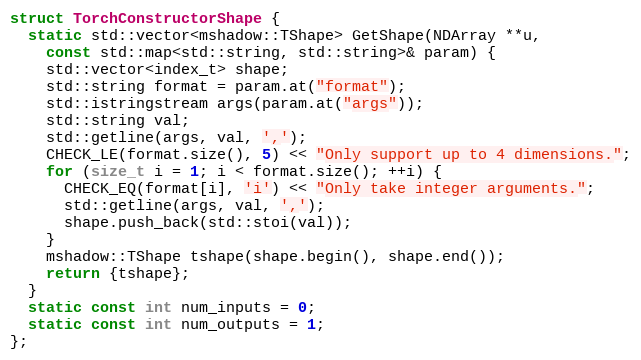
Language: C
struct TorchConstructorShape {
  static std::vector<mshadow::TShape> GetShape(NDArray **u,
    const std::map<std::string, std::string>& param) {
    std::vector<index_t> shape;
    std::string format = param.at("format");
    std::istringstream args(param.at("args"));
    std::string val;
    std::getline(args, val, ',');
    CHECK_LE(format.size(), 5) << "Only support up to 4 dimensions.";
    for (size_t i = 1; i < format.size(); ++i) {
      CHECK_EQ(format[i], 'i') << "Only take integer arguments.";
      std::getline(args, val, ',');
      shape.push_back(std::stoi(val));
    }
    mshadow::TShape tshape(shape.begin(), shape.end());
    return {tshape};
  }
  static const int num_inputs = 0;
  static const int num_outputs = 1;
};